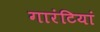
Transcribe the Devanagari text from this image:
गारंटियां